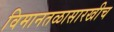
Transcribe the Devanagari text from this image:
विमानतळासारखीच